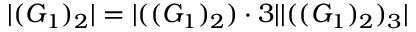
| ( G _ { 1 } ) _ { 2 } | = | ( ( G _ { 1 } ) _ { 2 } ) \cdot 3 | | ( ( G _ { 1 } ) _ { 2 } ) _ { 3 } |